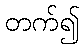
တက်၍